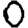
Digit: 0